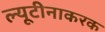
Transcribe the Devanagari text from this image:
ल्यूटीनाकरक